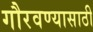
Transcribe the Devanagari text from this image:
गौरवण्यासाठी